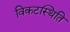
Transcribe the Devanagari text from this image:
विकटस्थिति